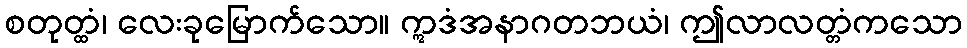
စတုတ္ထံ၊ လေးခုမြောက်သော။ ဣဒံအနာဂတဘယံ၊ ဤလာလတ္တံကသော